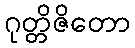
ဂုတ္တိဇိတော